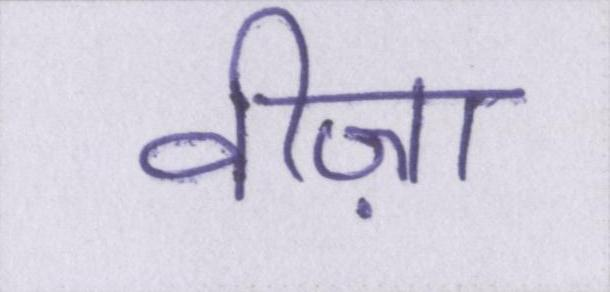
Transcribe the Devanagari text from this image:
वीज़ा